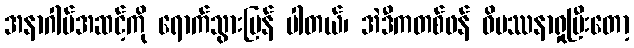
အနာဂါမ်အဆင့်ကို ရောက်သွားပြန် ပါတယ်၊ အဲဒီကတစ်ဖန် ဝိပဿနာရှုပြီးတော့